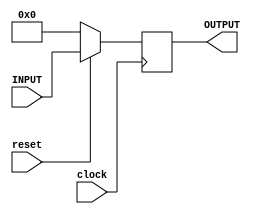
`timescale 1ns / 1ps
//////////////////////////////////////////////////////////////////////////////////
// Company: 
// Engineer: 
// 
// Design Name: 
// Module Name:    PC 
// Project Name: 
// Target Devices: 
// Tool versions: 
// Description: 
//
// Dependencies: 
//
// Revision: 
// Revision 0.01 - File Created
// Additional Comments: 
//
//////////////////////////////////////////////////////////////////////////////////
module PC(clock, reset, INPUT, OUTPUT);
    input clock;
	 input reset;
	 input [31:0] INPUT;
	 output reg [31:0] OUTPUT;
	 initial begin
	    OUTPUT = 0;
	 end
	 always @ (posedge clock)
	 begin
	     if (!reset) OUTPUT = 32'b00000000000000000000000000000000;
		  else OUTPUT = INPUT;
	 end
	 /*always @ (reset)
	 begin
	     OUTPUT = 32'b00000000000000000000000000000000;
	 end*/

endmodule